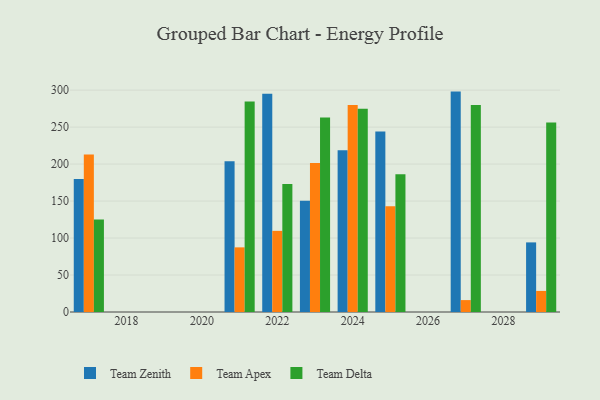
{"axis": {"x": "Year", "y": "Population (Million)"}, "legend": ["Team Apex", "Team Delta", "Team Zenith"], "data": [{"x": "2021", "y": 203.7, "type": "Team Zenith"}, {"x": "2021", "y": 87.4, "type": "Team Apex"}, {"x": "2021", "y": 284.5, "type": "Team Delta"}, {"x": "2024", "y": 218.8, "type": "Team Zenith"}, {"x": "2024", "y": 279.8, "type": "Team Apex"}, {"x": "2024", "y": 274.9, "type": "Team Delta"}, {"x": "2027", "y": 298.0, "type": "Team Zenith"}, {"x": "2027", "y": 16.1, "type": "Team Apex"}, {"x": "2027", "y": 279.9, "type": "Team Delta"}, {"x": "2023", "y": 150.5, "type": "Team Zenith"}, {"x": "2023", "y": 201.6, "type": "Team Apex"}, {"x": "2023", "y": 262.9, "type": "Team Delta"}, {"x": "2025", "y": 244.0, "type": "Team Zenith"}, {"x": "2025", "y": 143.1, "type": "Team Apex"}, {"x": "2025", "y": 186.3, "type": "Team Delta"}, {"x": "2029", "y": 94.1, "type": "Team Zenith"}, {"x": "2029", "y": 28.5, "type": "Team Apex"}, {"x": "2029", "y": 256.1, "type": "Team Delta"}, {"x": "2022", "y": 295.2, "type": "Team Zenith"}, {"x": "2022", "y": 109.7, "type": "Team Apex"}, {"x": "2022", "y": 172.9, "type": "Team Delta"}, {"x": "2017", "y": 179.7, "type": "Team Zenith"}, {"x": "2017", "y": 213.0, "type": "Team Apex"}, {"x": "2017", "y": 125.1, "type": "Team Delta"}]}